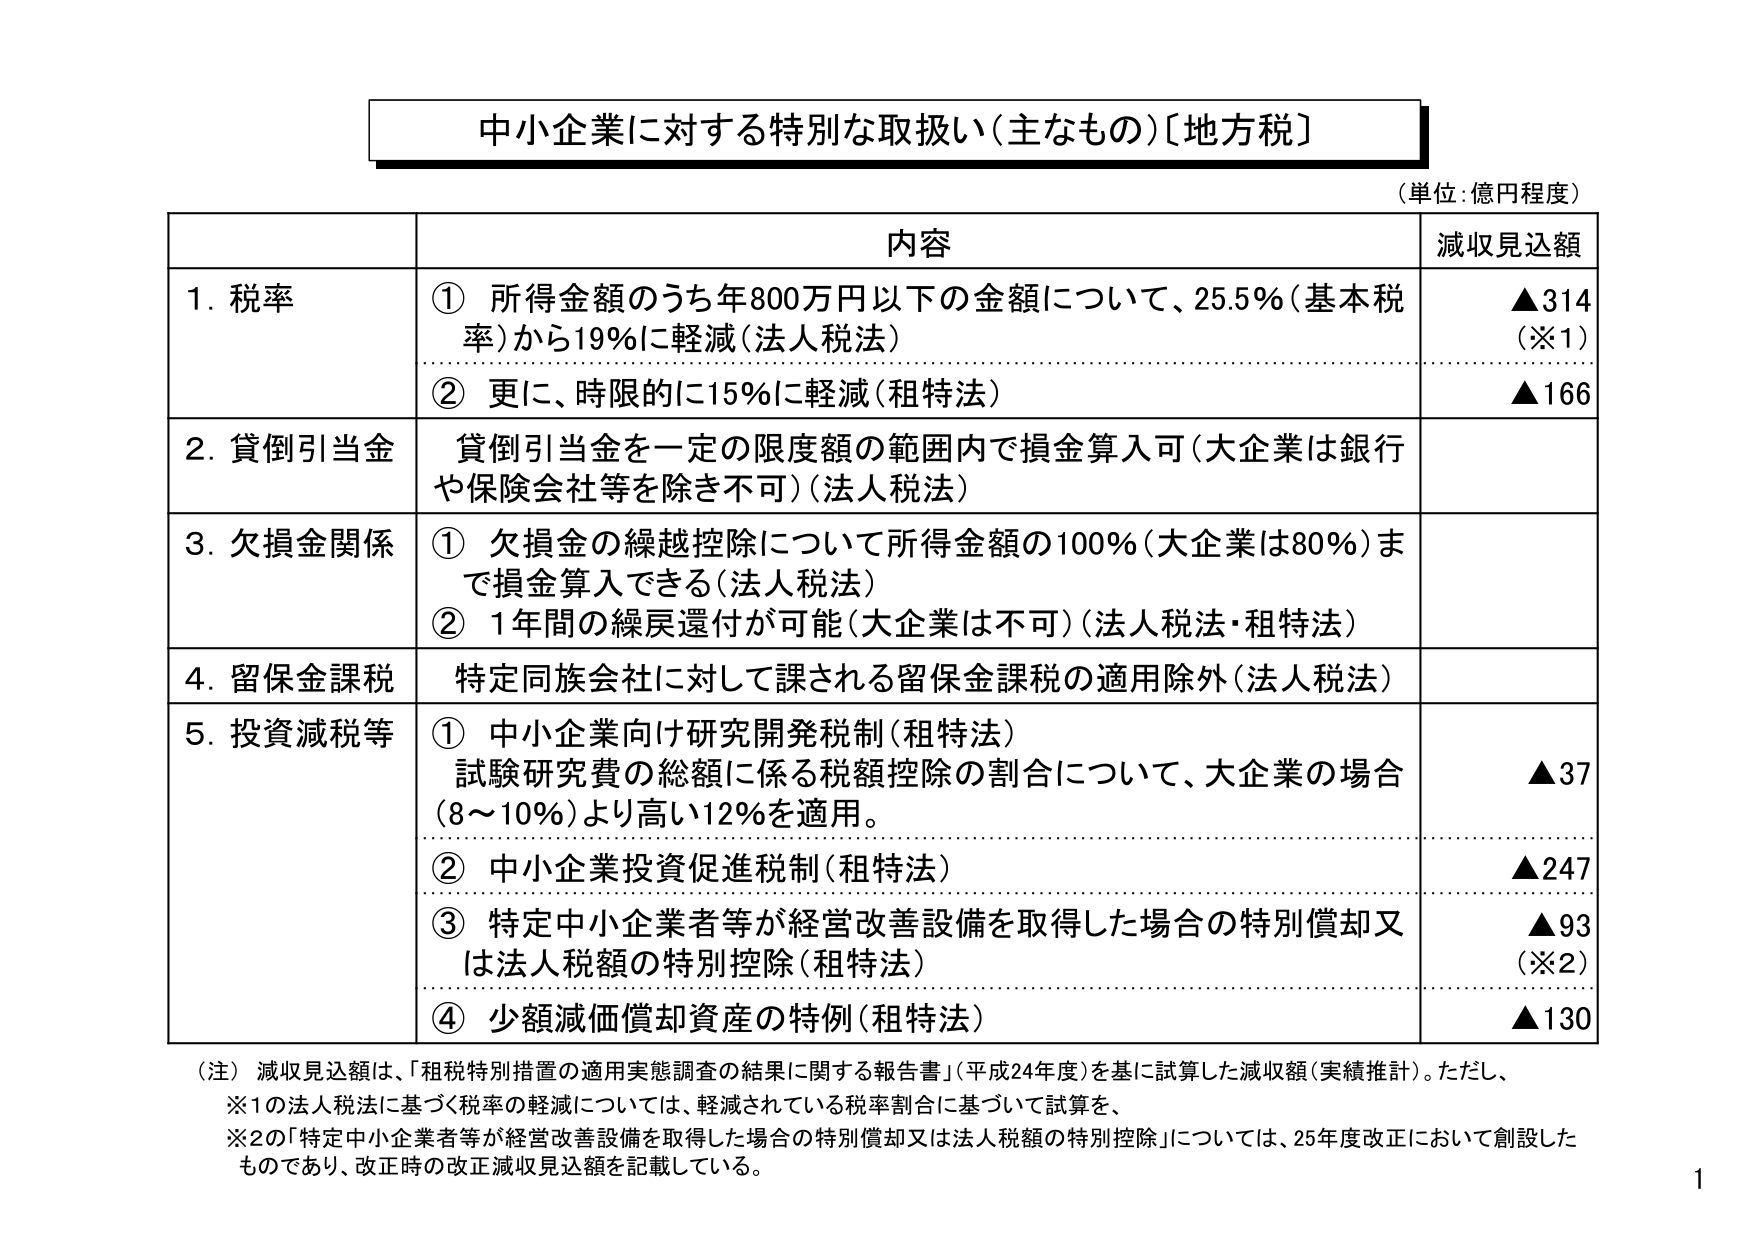
中小企業に対する特別な取扱い（主なもの）〔地方税〕

（単位：億円程度）

内容